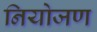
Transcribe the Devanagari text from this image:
नियोजण